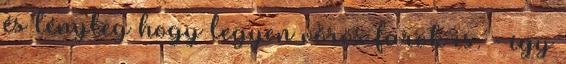
és tényleg hogy legyen vörös farok is. - így